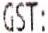
GST: